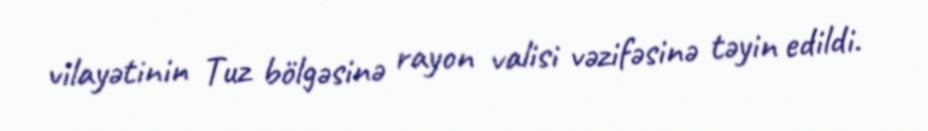
vilayətinin Tuz bölgəsinə rayon valisi vəzifəsinə təyin edildi.